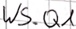
Text: WS.Q1